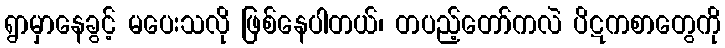
ရွာမှာနေခွင့် မပေးသလို ဖြစ်နေပါတယ်၊ တပည့်တော်ကလဲ ပိဋကစာတွေကို